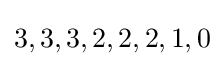
3,3,3,2,2,2,1,0